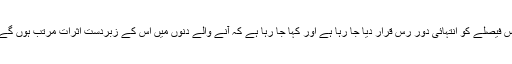
اس فیصلے کو انتہائی دور رس قرار دیا جا رہا ہے اور کہا جا رہا ہے کہ آنے والے دنوں میں اس کے زبردست اثرات مرتب ہوں گے۔